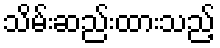
သိမ်းဆည်းထားသည့်